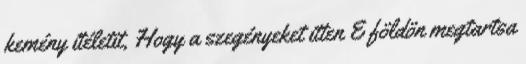
kemény ítéletit, Hogy a szegényeket itten E földön megtartsa